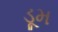
ડૂમ